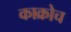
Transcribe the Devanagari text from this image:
काक्रोच